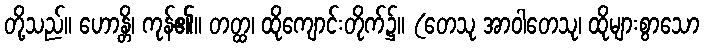
တို့သည်။ ဟောန္တိ၊ ကုန်၏။ တတ္ထ၊ ထိုကျောင်းတိုက်၌။ (တေသု အာဝါတေသု၊ ထိုများစွာသော